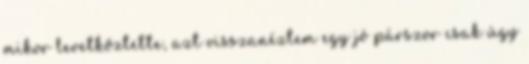
mikor levetkőztette, azt visszanéztem egy jó párszor csak úgy